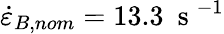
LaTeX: \dot{\varepsilon}_{B,nom}=13.3~\mathrm{~s~}^{-1}